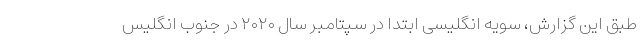
طبق این گزارش، سویه انگلیسی ابتدا در سپتامبر سال ۲۰۲۰ در جنوب انگلیس